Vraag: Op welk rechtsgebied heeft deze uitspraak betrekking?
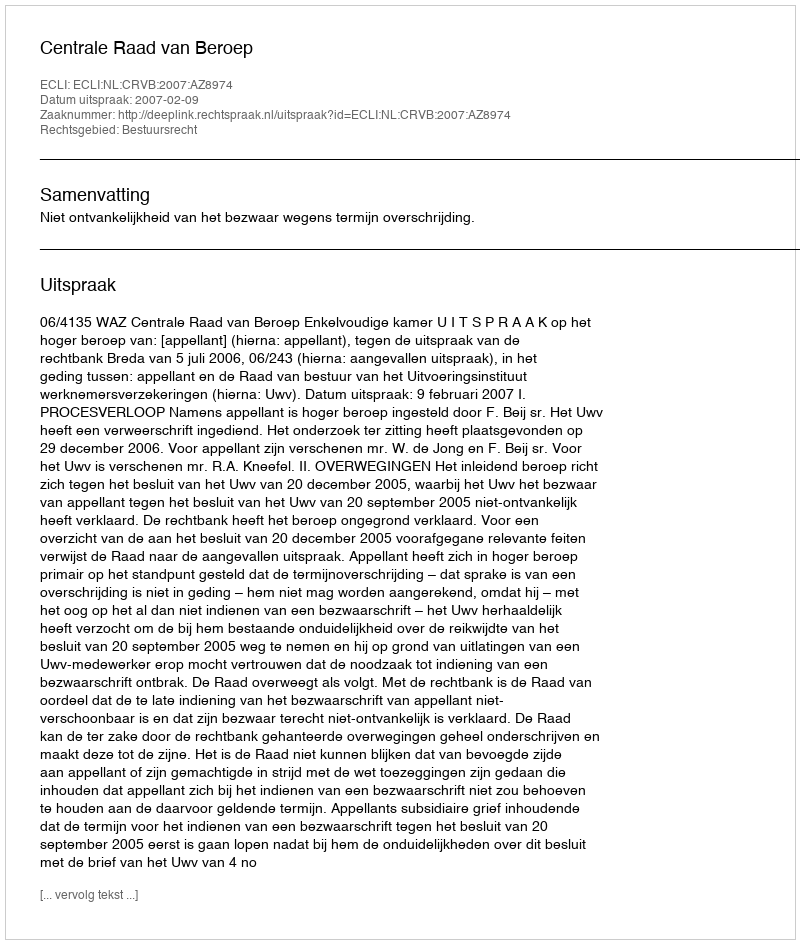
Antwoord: Bestuursrecht